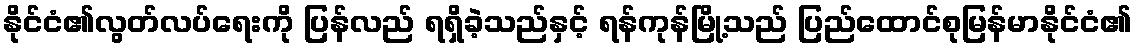
နိုင်ငံ၏လွတ်လပ်ရေးကို ပြန်လည် ရရှိခဲ့သည်နှင့် ရန်ကုန်မြို့သည် ပြည်ထောင်စုမြန်မာနိုင်ငံ၏